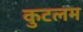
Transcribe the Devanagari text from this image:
कुटलम